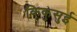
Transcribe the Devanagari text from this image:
किकुसुई